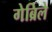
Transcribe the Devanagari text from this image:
गेब्रिले